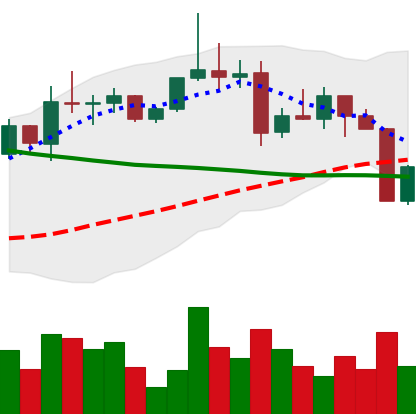
Ticker: XRP-USD
Chart end date: 2022-04-07
Forward return: -9.059%
Label: down_7plus